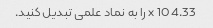
4.33 x 10 را به نماد علمی تبدیل کنید.